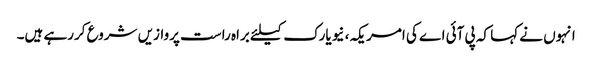
انہوں نے کہا کہ پی آئی اے کی امریکہ، نیویارک کیلئے براہ راست پروازیں شروع کررہے ہیں۔